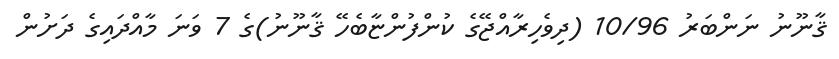
ޤާނޫނު ނަންބަރު 10/96 (ދިވެހިރާއްޖޭގެ ކުންފުންޏާބެހޭ ޤާނޫނު)ގެ 7 ވަނަ މާއްދައިގެ ދަށުން